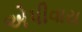
એપીવાય